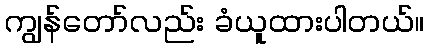
ကျွန်တော်လည်း ခံယူထားပါတယ်။